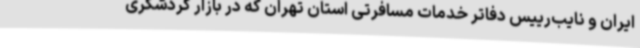
ایران و نایب‌رییس دفاتر خدمات مسافرتی استان تهران که در بازار گردشگری